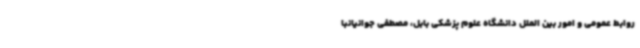
روابط عمومی و امور بین الملل دانشگاه علوم پزشکی بابل، مصطفی جوانیانبا